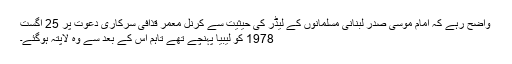
واضح رہے کہ امام موسی صدر لبنانی مسلمانوں کے لیڈر کی حیثیت سے کرنل معمر قذافی سرکاری دعوت پر 25 اگست
1978 کو لیبیا پہنچے تھے تاہم اس کے بعد سے وہ لاپتہ ہوگئے۔